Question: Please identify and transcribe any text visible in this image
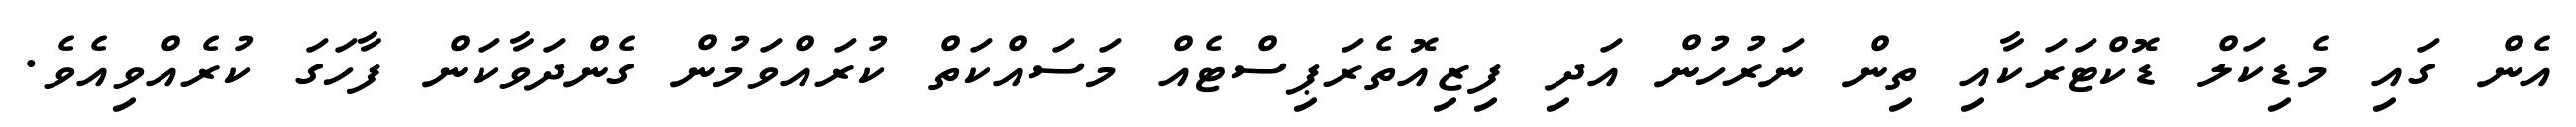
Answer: އެން ގައި މެޑިކަލް ޑޮކްޓަރަކާއި ތިން ނަރުހުން އަދި ފިޒިއޮތެރަޕިސްޓެއް މަސައްކަތް ކުރައްވަމުން ގެންދަވާކަން ފާހަގަ ކުރެއްވިއެވެ.